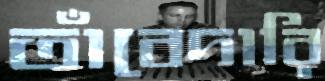
তাঁবেদারি